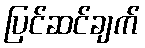
ပြင်ဆင်ချက်